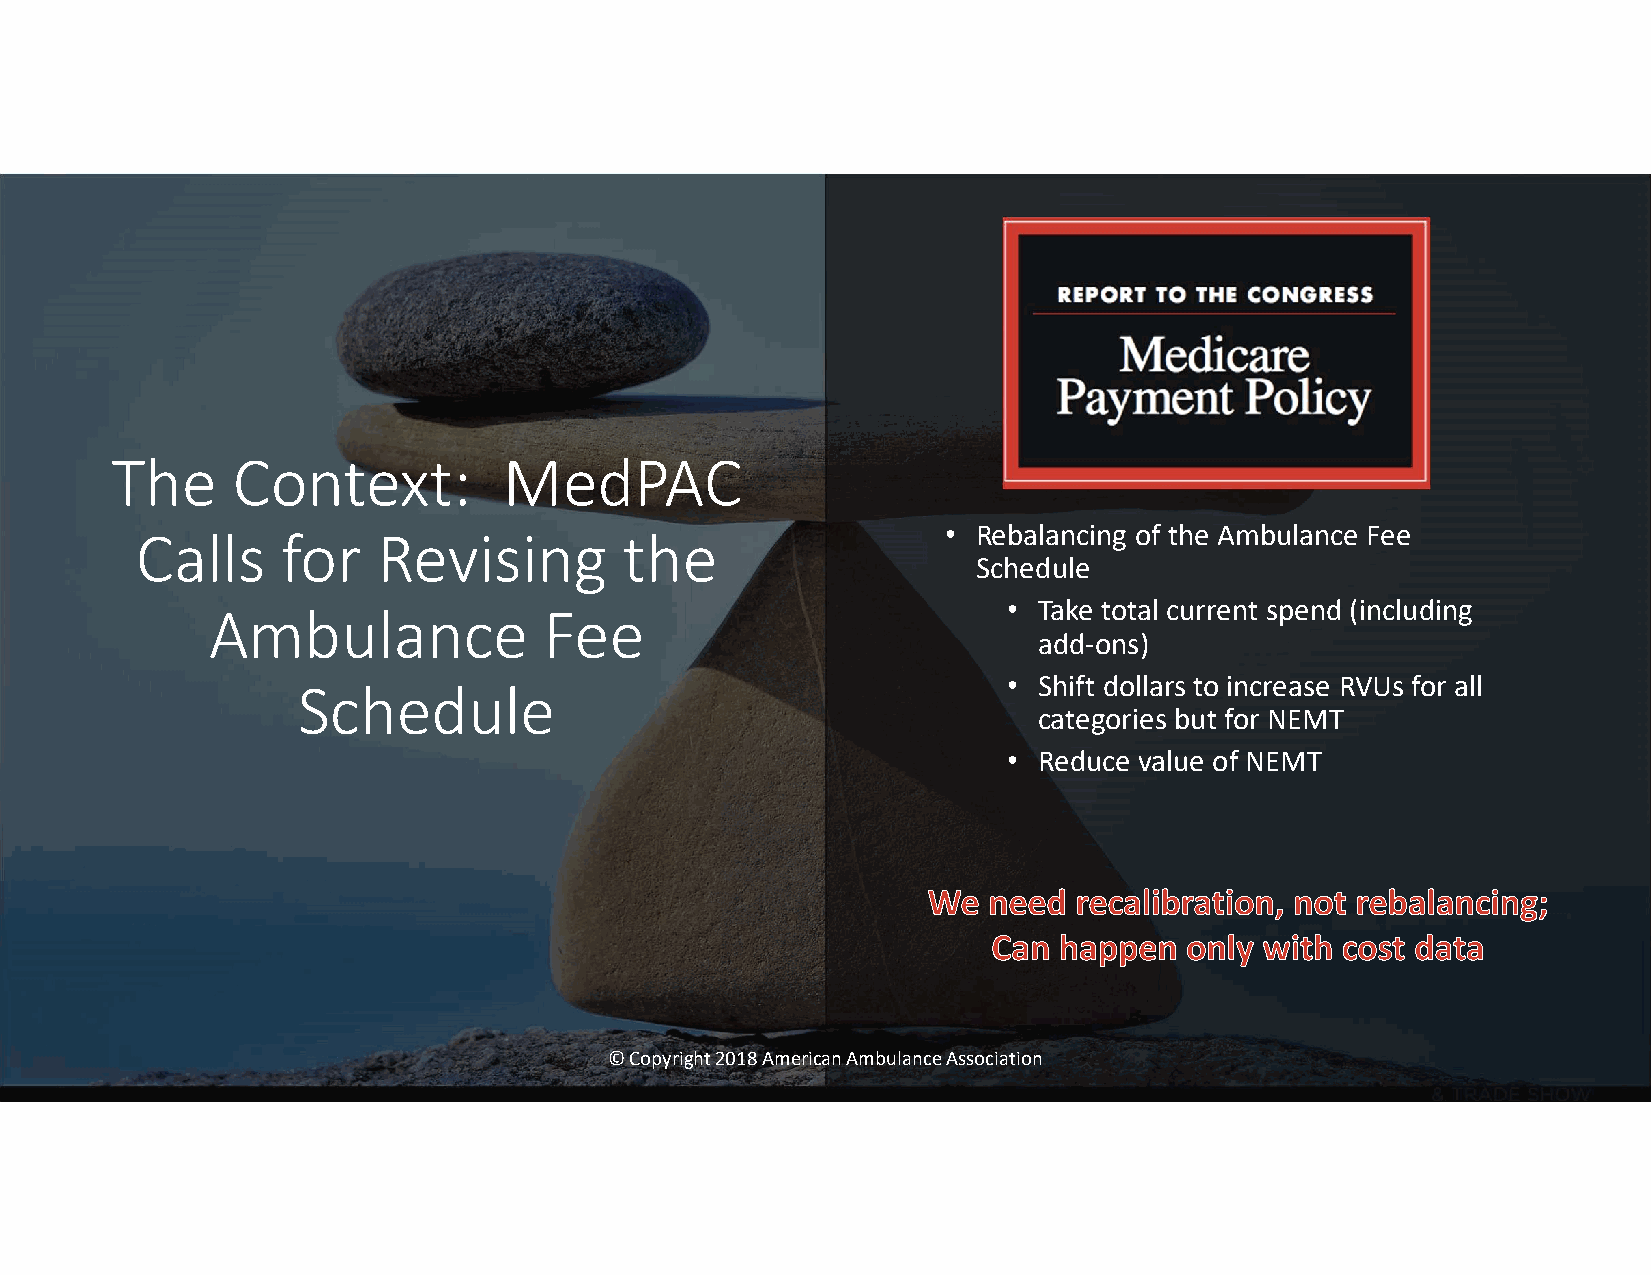
The     Context:          MedPAC
 • Rebalancing of the Ambulance Fee
 Calls     for   Revising        the
 Schedule
 • Take total current spend (including
 Ambulance             Fee
 add-ons)
 • Shift dollars to increase RVUs for all
 Schedule
 categories but for NEMT
 • Reduce value of NEMT
 © Copyright 2018 American Ambulance Association